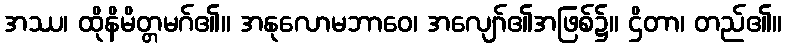
အဿ၊ ထိုနိမိတ္တမဂ်၏။ အနုလောမဘာဝေ၊ အလျော်၏အဖြစ်၌။ ဌိတာ၊ တည်၏။